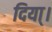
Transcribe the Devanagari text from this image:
दिया्।